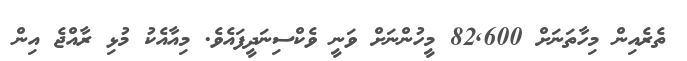
ތެރެއިން މިހާތަނަށް 82